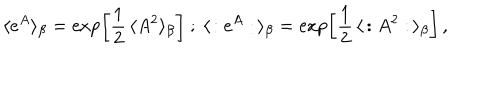
LaTeX: \langle e ^ { A } \rangle _ { \beta } = \exp \left[ \frac { 1 } { 2 } \, \langle A ^ { 2 } \rangle _ { \beta } \right] \ ; \ \langle \, : e ^ { A } : \, \rangle _ { \beta } = \exp \left[ \frac { 1 } { 2 } \, \langle \, : A ^ { 2 } : \, \rangle _ { \beta } \right] \, ,